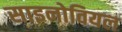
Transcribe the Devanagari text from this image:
साइनोवियल